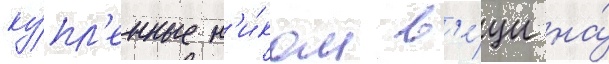
ку́пл'енные н'и́ком в'е́щи на́